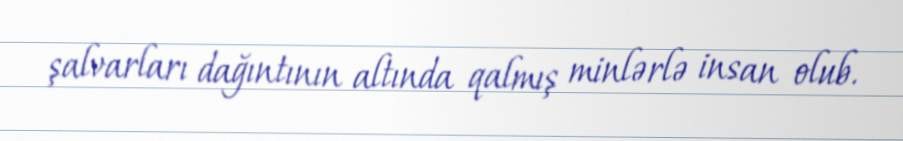
şalvarları dağıntının altında qalmış minlərlə insan olub.